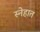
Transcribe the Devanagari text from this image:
स्नेहात